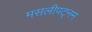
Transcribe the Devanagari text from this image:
मसलीपट्नम